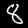
Label: 8